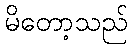
မိတော့သည်